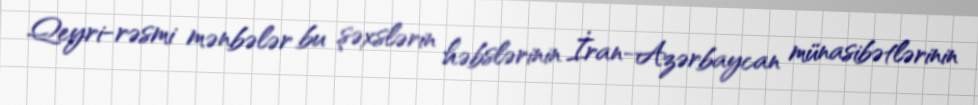
Qeyri-rəsmi mənbələr bu şəxslərin həbslərinin İran-Azərbaycan münasibətlərinin